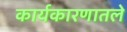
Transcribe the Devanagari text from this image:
कार्यकारणातले